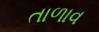
તાળાવ